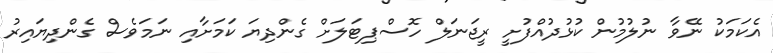
އެކަމަކު ނޭވާ ނުލުމުން ކުޅުދުއްފުށީ ރީޖަނަލް ހޮސްޕިޓަލަށް ގެންދިޔަ ކަމަށާއި ނަމަވެސް ގެންދިޔައިރު